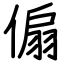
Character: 傓